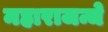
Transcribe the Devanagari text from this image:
महाराजन्चे